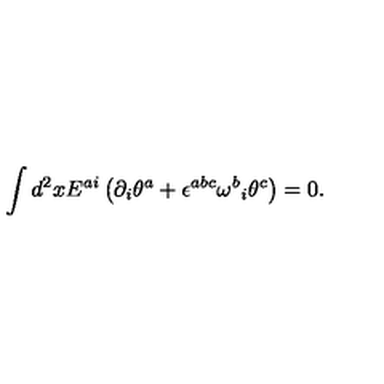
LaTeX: \int d ^ { 2 } x E ^ { a i } \left( \partial _ { i } \theta ^ { a } + \epsilon ^ { a b c } { \omega ^ { b } } _ { i } \theta ^ { c } \right) = 0 .